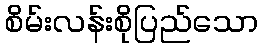
စိမ်းလန်းစိုပြည်သော